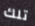
تلك